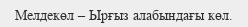
Мелдекөл – Ырғыз алабындағы көл.